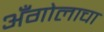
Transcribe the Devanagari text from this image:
अँगोलाचा